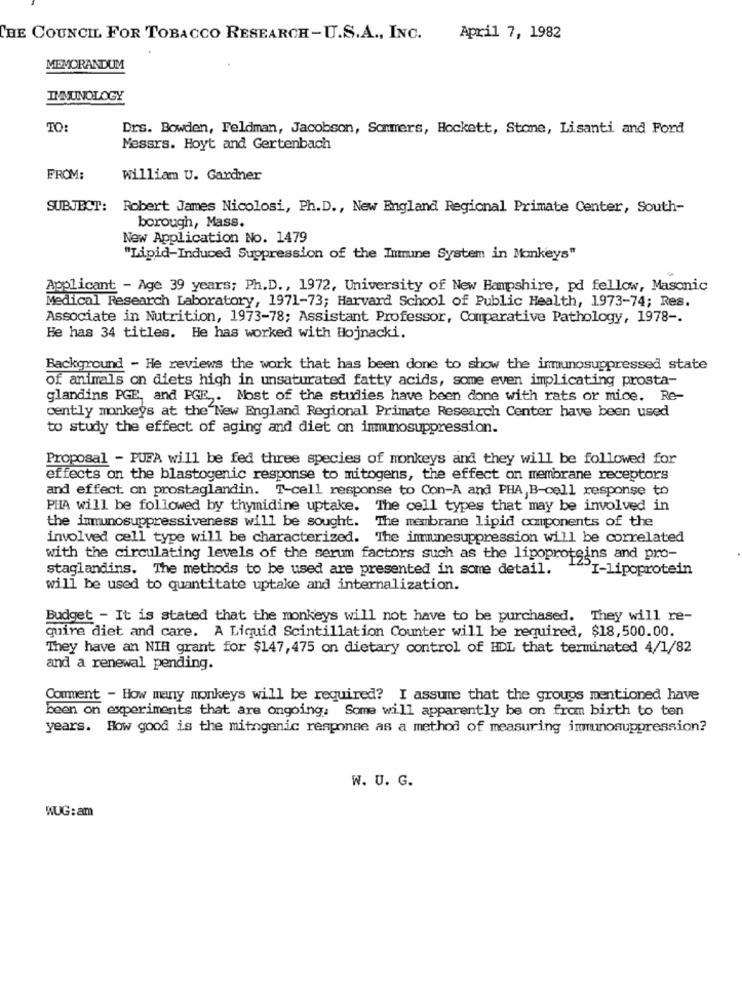
THE COUNCIL FOR TOBACCO RESEARCH-U.S.A ., INC.
April 7, 1982
MEMORANDUM
IMMUNOLOGY
TO:
Drs. Bowden, Feldman, Jacobson, Sommers, Hockett, Stone, Lisanti and Ford
Messrs. Hoyt and Gertenbach
FROM:
William U. Gardner
SUBJECT: Robert James Nicolosi, Ph.D ., New England Regional Primate Center, South-
borough, Mass.
New Application No. 1479
"Lipid-Induced Suppression of the Immune System in Monkeys"
Applicant - Age 39 years; Ph.D ., 1972, University of New Hampshire, pd fellow, Masonic
Medical Research Laboratory, 1971-73; Harvard School of Public Health, 1973-74; Res.
Associate in Nutrition, 1973-78; Assistant Professor, Comparative Pathology, 1978 -.
He has 34 titles. He has worked with Hojnacki.
Background - He reviews the work that has been done to show the inmunosuppressed state
of animals on diets high in unsaturated fatty acids, some even implicating prosta-
glandins PGE, and PGE ,. Most of the studies have been done with rats or mice. Re-
cently monkeys at the New England Regional Primate Research Center have been used
to study the effect of aging and diet on immosuppression.
Proposal - PUFA will be fed three species of monkeys and they will be followed for
effects on the blastogenic response to mitogens, the effect on membrane receptors
and effect on prostaglandin. T-cell response to Con-A and PHA,B-cell response to
PHA will be followed by thymidine uptake. The cell types that may be involved in
the immunosuppressiveness will be sought. The membrane lipid components of the
involved cell type will be characterized. The immunesuppression will be correlated
with the circulating levels of the serum factors such as the lipoproteins and pro-
staglandins. The methods to be used are presented in some detail.
"I-Lipoprotein
will be used to quantitate uptake and internalization.
Budget - It is stated that the monkeys will not have to be purchased. They will re-
quire diet and care. A Liquid Scintillation Counter will be required, $18,500.00.
They have an NIH grant for $147, 475 on dietary control of HDL that terminated 4/1/82
and a renewal pending.
Comment - How many monkeys will be required? I assume that the groups mentioned have
been on experiments that are ongoing: Some will apparently be on from birth to ten
years. How good is the mitogenic response as a method of measuring immunosuppression?
W. U. G.
WUG: am